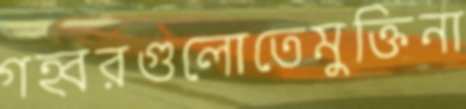
গহ্বরগুলোতেমুক্তিনা